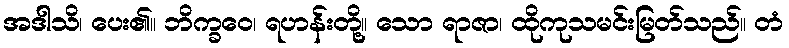
အဒါသိ၊ ပေး၏။ ဘိက္ခဝေ၊ ရဟန်းတို့။ သော ရာဇာ၊ ထိုကုသမင်းမြတ်သည်။ တံ